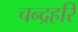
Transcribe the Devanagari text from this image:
चन्द्रहरि